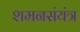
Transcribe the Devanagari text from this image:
शमनसंयंत्र